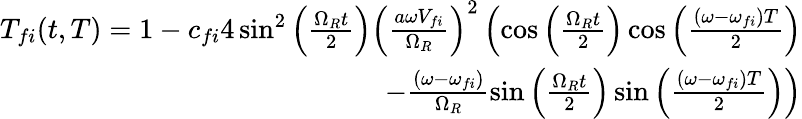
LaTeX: \begin{array}{r}{T_{fi}(t,T)=1-c_{fi}4\sin^{2}\left(\frac{\Omega_{R}t}{2}\right)\left(\frac{a\omega V_{fi}}{\Omega_{R}}\right)^{2}\left(\cos\left(\frac{\Omega_{R}t}{2}\right)\cos\left(\frac{(\omega-\omega_{fi})T}{2}\right)\right.}\\ {\left.-\frac{(\omega-\omega_{fi})}{\Omega_{R}}\sin\left(\frac{\Omega_{R}t}{2}\right)\sin\left(\frac{(\omega-\omega_{fi})T}{2}\right)\right)}\end{array}